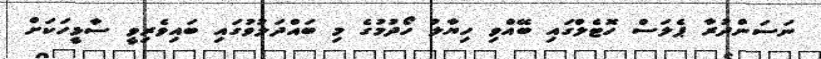
ނަސަންދުރާ ޕެލަސް ހޮޓެލްގައި ބޭއްވި ހިޔާލު ހޯދުމުގެ މި ބައްދަލުވުގައި ބައިވެރިވީ ސާޅީހަކަށް